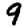
Digit: 9